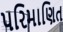
પરિમાણિત